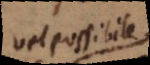
est possibile